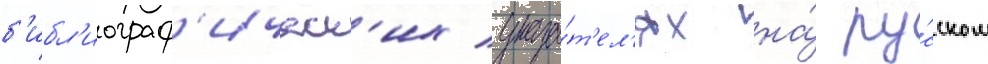
б'ибл'иограф'ическ'их указа́т'ел'ях на́ ру́сском